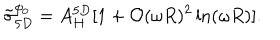
\tilde { \sigma } _ { 5 D } ^ { \phi _ { 0 } } = A _ { H } ^ { 5 D } [ 1 + { \cal O } ( \omega R ) ^ { 2 } \ln ( \omega R ) ] .